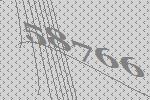
58766